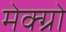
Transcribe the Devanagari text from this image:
मेक्ग्रो